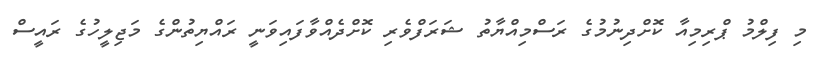
މި ފިލްމު ޕްރިމިއާ ކޮށްދިނުމުގެ ރަސްމިއްޔާތު ޝަރަފްވެރި ކޮށްދެއްވާފައިވަނީ ރައްޔިތުންގެ މަޖިލީހުގެ ރައީސް